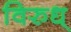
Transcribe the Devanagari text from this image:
विरुध्